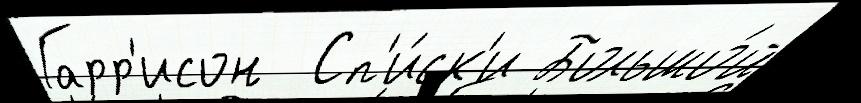
Гарр'исон  Сп'и́ск'и Большо́й